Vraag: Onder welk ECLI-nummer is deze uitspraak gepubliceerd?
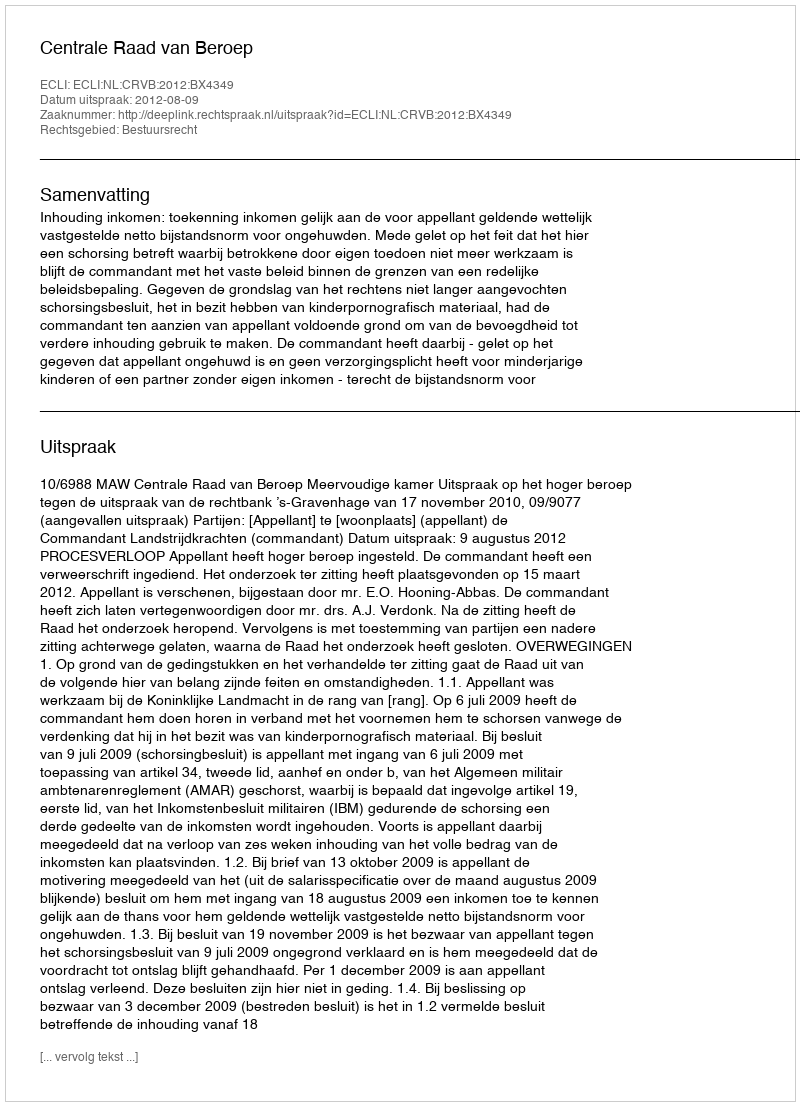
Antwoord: ECLI:NL:CRVB:2012:BX4349